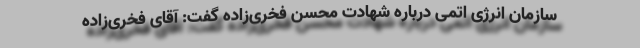
سازمان انرژی اتمی درباره شهادت محسن فخری‌زاده گفت: آقای فخری‌زاده